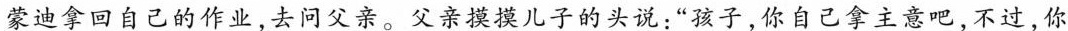
蒙迪拿回自己的作业，去问父亲。父亲摸摸儿子的头说：”孩子，你自己拿主意吧，不过，你